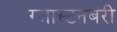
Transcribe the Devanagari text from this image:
ग्लास्टनबरी